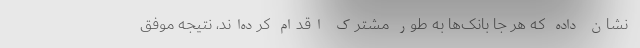
نشان داده که هر جا بانک‌ها به طور مشترک اقدام کرده‌اند، نتیجه موفق